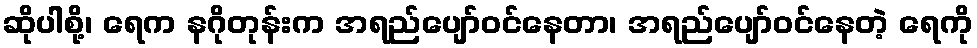
ဆိုပါစို့၊ ရေက နဂိုတုန်းက အရည်ပျော်ဝင်နေတာ၊ အရည်ပျော်ဝင်နေတဲ့ ရေကို